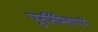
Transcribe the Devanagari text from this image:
पुनर्निमित्तापाये